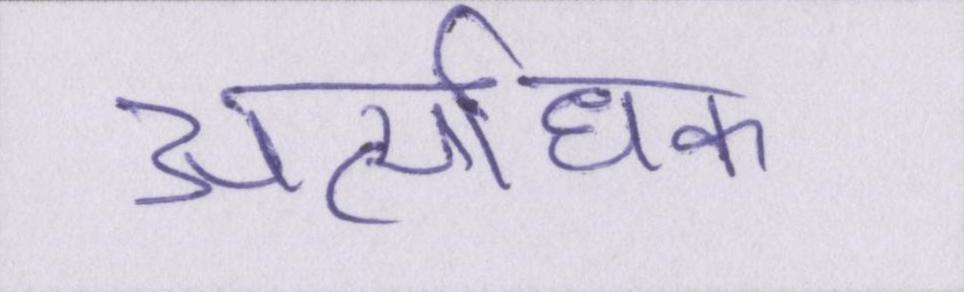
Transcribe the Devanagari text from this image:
अत्यधिक